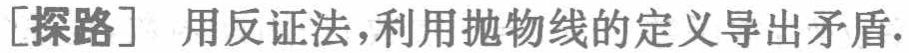
[探路] 用反证法,利用抛物线的定义导出矛盾.